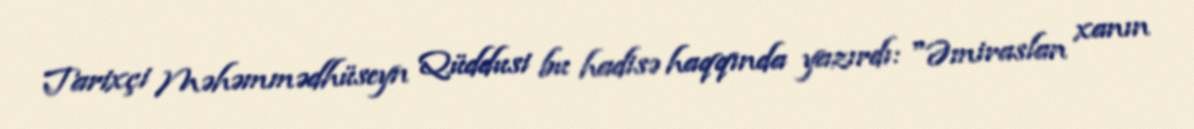
Tarixçi Məhəmmədhüseyn Qüddusi bu hadisə haqqında yazırdı: "Əmiraslan xanın